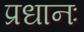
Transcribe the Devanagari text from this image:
प्रधानः